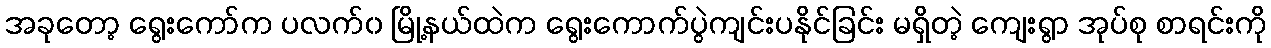
အခုတော့ ရွေးကော်က ပလက်၀ မြို့နယ်ထဲက ရွေးကောက်ပွဲကျင်းပနိုင်ခြင်း မရှိတဲ့ ကျေးရွာ အုပ်စု စာရင်းကို